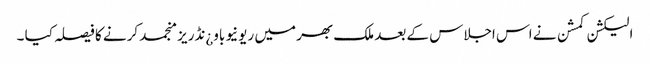
الیکشن کمشن نے اس اجلاس کے بعد ملک بھر میں ریونیو باو¿نڈریز منجمد کرنے کا فیصلہ کیا ۔